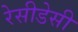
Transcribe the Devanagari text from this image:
रेसीडेसी